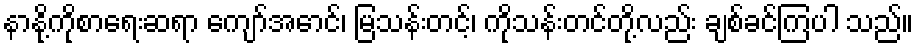
နာနို့ကိုစာရေးဆရာ ကျော်အောင်၊ မြသန်းတင့်၊ ကိုသန်းတင်တို့လည်း ချစ်ခင်ကြပါ သည်။